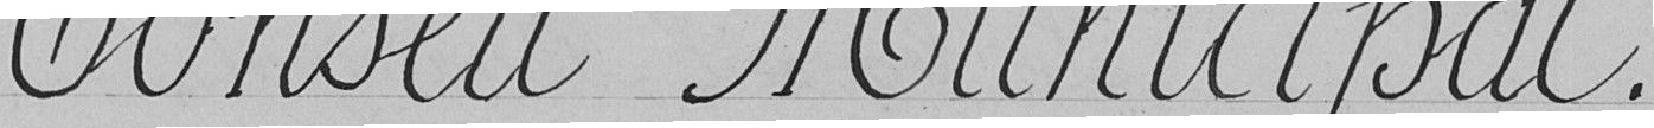
Conseil Municipal